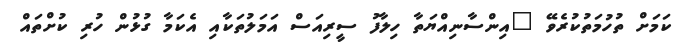
ކަމަށް ތުހުމަތުކުރެވޭ "އިންސާނިއްޔަތާ ހިލާފު ސީރިއަސް އަމަލުތަކާއި އެކަމާ ގުޅުން ހުރި ކުށްތައް